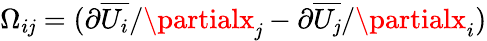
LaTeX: \Omega_{i\mathit{j}}=({\partial\overline{{{U_{i}}}}/\partialx_{\mathit{j}}}-{\partial\overline{{{U_{\mathit{j}}}}}/\partialx_{i}})